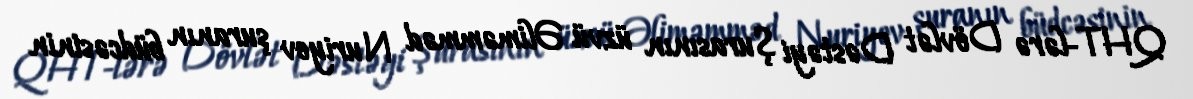
QHT-lərə Dövlət Dəstəyi Şurasının üzvü Əliməmməd Nuriyev şuranın büdcəsinin